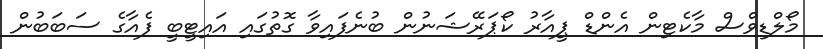
މޯލްޑިވްސް މާކެޓިން އެންޑް ޕީއާރު ކޯޕަރޭޝަނުން ބުނެފައިވާ ގޮތުގައި އައިޓީބީ ފެއާގެ ސަބަބުން